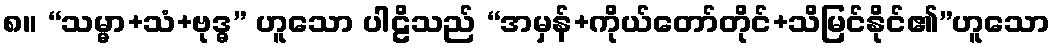
၈။ “သမ္မာ+သံ+ဗုဒ္ဓ” ဟူသော ပါဠိသည် “အမှန်+ကိုယ်တော်တိုင်+သိမြင်နိုင်၏”ဟူသော